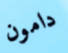
دامون